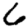
Digit: 6